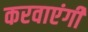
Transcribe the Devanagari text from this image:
करवाएंगी